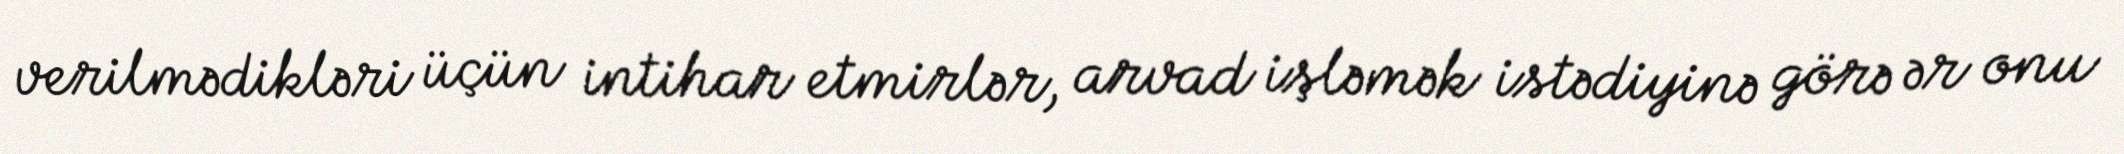
verilmədikləri üçün intihar etmirlər, arvad işləmək istədiyinə görə ər onu